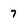
Character: 7